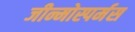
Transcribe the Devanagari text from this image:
जीन्मोस्पर्मस